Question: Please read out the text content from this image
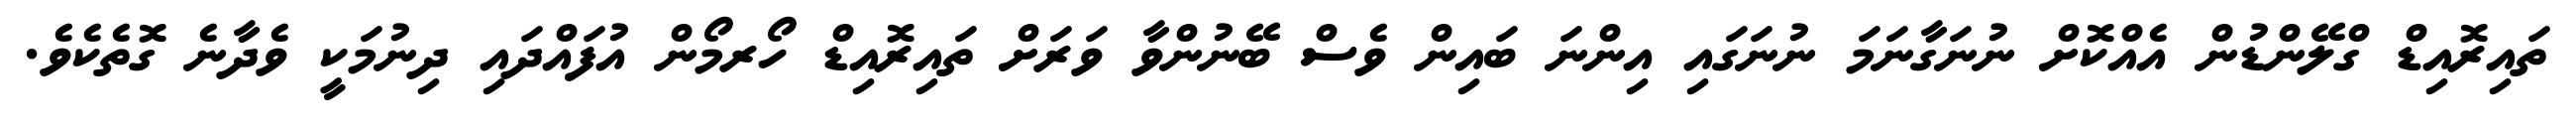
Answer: ތައިރޮއިޑް ގްލޭންޑުން އެއްކޮށް ނުނަގާނަމަ ނުނަގައި އިންނަ ބައިން ވެސް ބޭނުންވާ ވަރަށް ތައިރޮއިޑް ހޯރމޯން އުފައްދައި ދިނުމަކީ ވެދާނެ ގޮތެކެވެ.